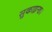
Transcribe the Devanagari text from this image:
सुकाइन्छ।